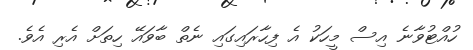
ހުއްޓުވާނެ އިސް މީހަކު އެ ފިހާރައިގައި ނެތް ބާވައޭ ހިތަށް އެރި އެވެ.